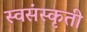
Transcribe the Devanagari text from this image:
स्वसंस्कृती